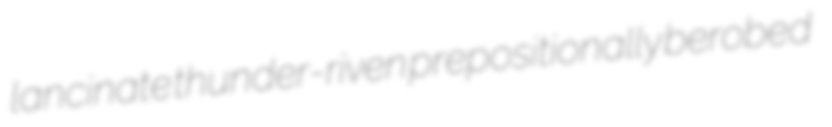
lancinate thunder-riven prepositionally berobed